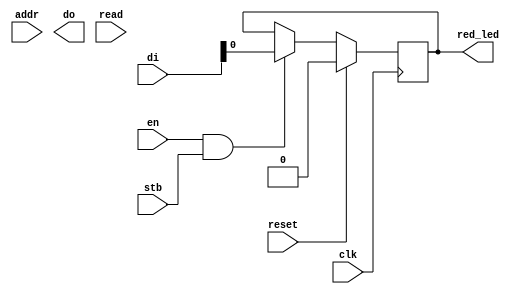
module board_01 (
	clk,
	reset,
	en,
	addr,
	di,
	do,
	read,
	stb,
	red_led
);

input clk;
input reset;
input en;
input [15:0] addr;
input [31:0] di;
output [31:0] do;
input read;
input stb;

output reg red_led;

always @(posedge clk) begin

	if (reset)
		red_led <= 1'b0;
	else begin
		if (en & stb)
			red_led <= di [0];
	end

end

endmodule